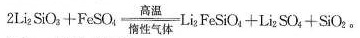
$$2 L i_{2} M S i O_{3} + F e S O_{4} \frac{高温}{惰性气体} L i_{2} F e S i O_{4} + L i_{2} S O_{4} + S i O_{2}$$。